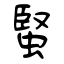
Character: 蜸